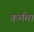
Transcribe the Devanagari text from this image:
कर्ममां